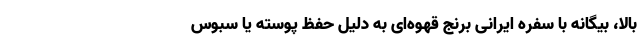
بالا، بیگانه با سفره ایرانی برنج قهوه‌ای به دلیل حفظ پوسته یا سبوس